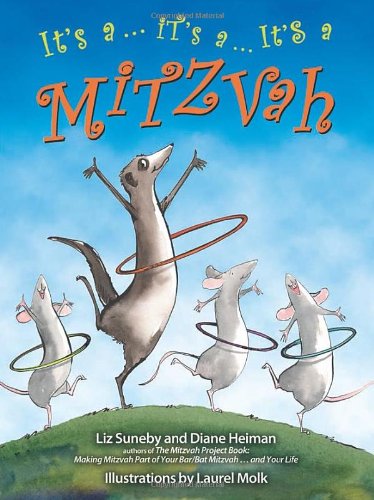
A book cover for It's a ... It's a ... It's a Mitzvah; Elizabeth Suneby; Children's Books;